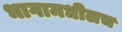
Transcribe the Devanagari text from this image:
भागामधीलच